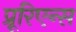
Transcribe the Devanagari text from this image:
प्रूरिएन्स